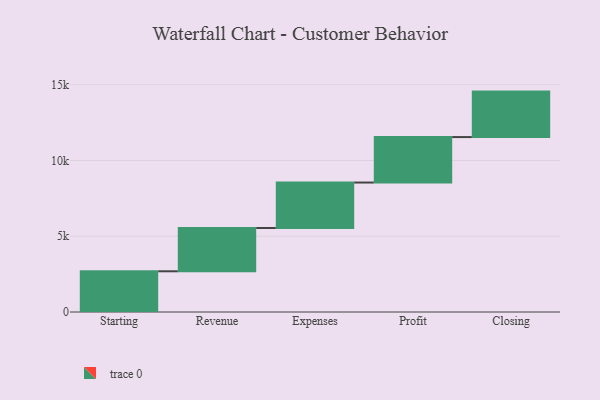
{"axis": {"x": "Step", "y": "Value"}, "legend": [""], "data": [{"x": "Starting", "y": 2687.0, "type": ""}, {"x": "Revenue", "y": 2855.0, "type": ""}, {"x": "Expenses", "y": 3000, "type": ""}, {"x": "Profit", "y": 3000, "type": ""}, {"x": "Closing", "y": 3000, "type": ""}]}